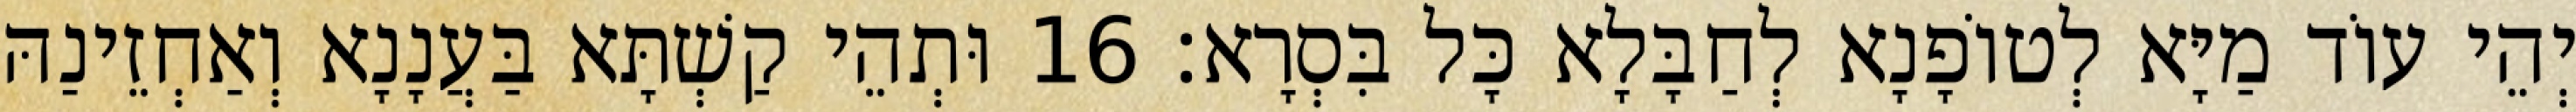
יְהֵי עוֹד מַיָּא לְטוֹפָנָא לְחַבָּלָא כָּל בִּסְרָא׃ 16 וּתְהֵי קַשְׁתָּא בַּעֲנָנָא וְאַחְזֵינַהּ